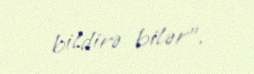
bildirə bilər”.